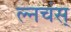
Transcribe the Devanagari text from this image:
ल्नचंस्